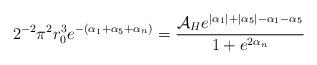
LaTeX: \begin{align*}2^{-2}\pi^2 r_0^3 e^{-(\alpha_1+\alpha_5+\alpha_n)} = \frac{{\cal A}_H e^{|\alpha_1|+|\alpha_5|-\alpha_1-\alpha_5}} {1+e^{2\alpha_n}}\end{align*}